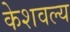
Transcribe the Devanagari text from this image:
केशवल्य